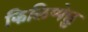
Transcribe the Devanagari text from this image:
किलिप्पेछु